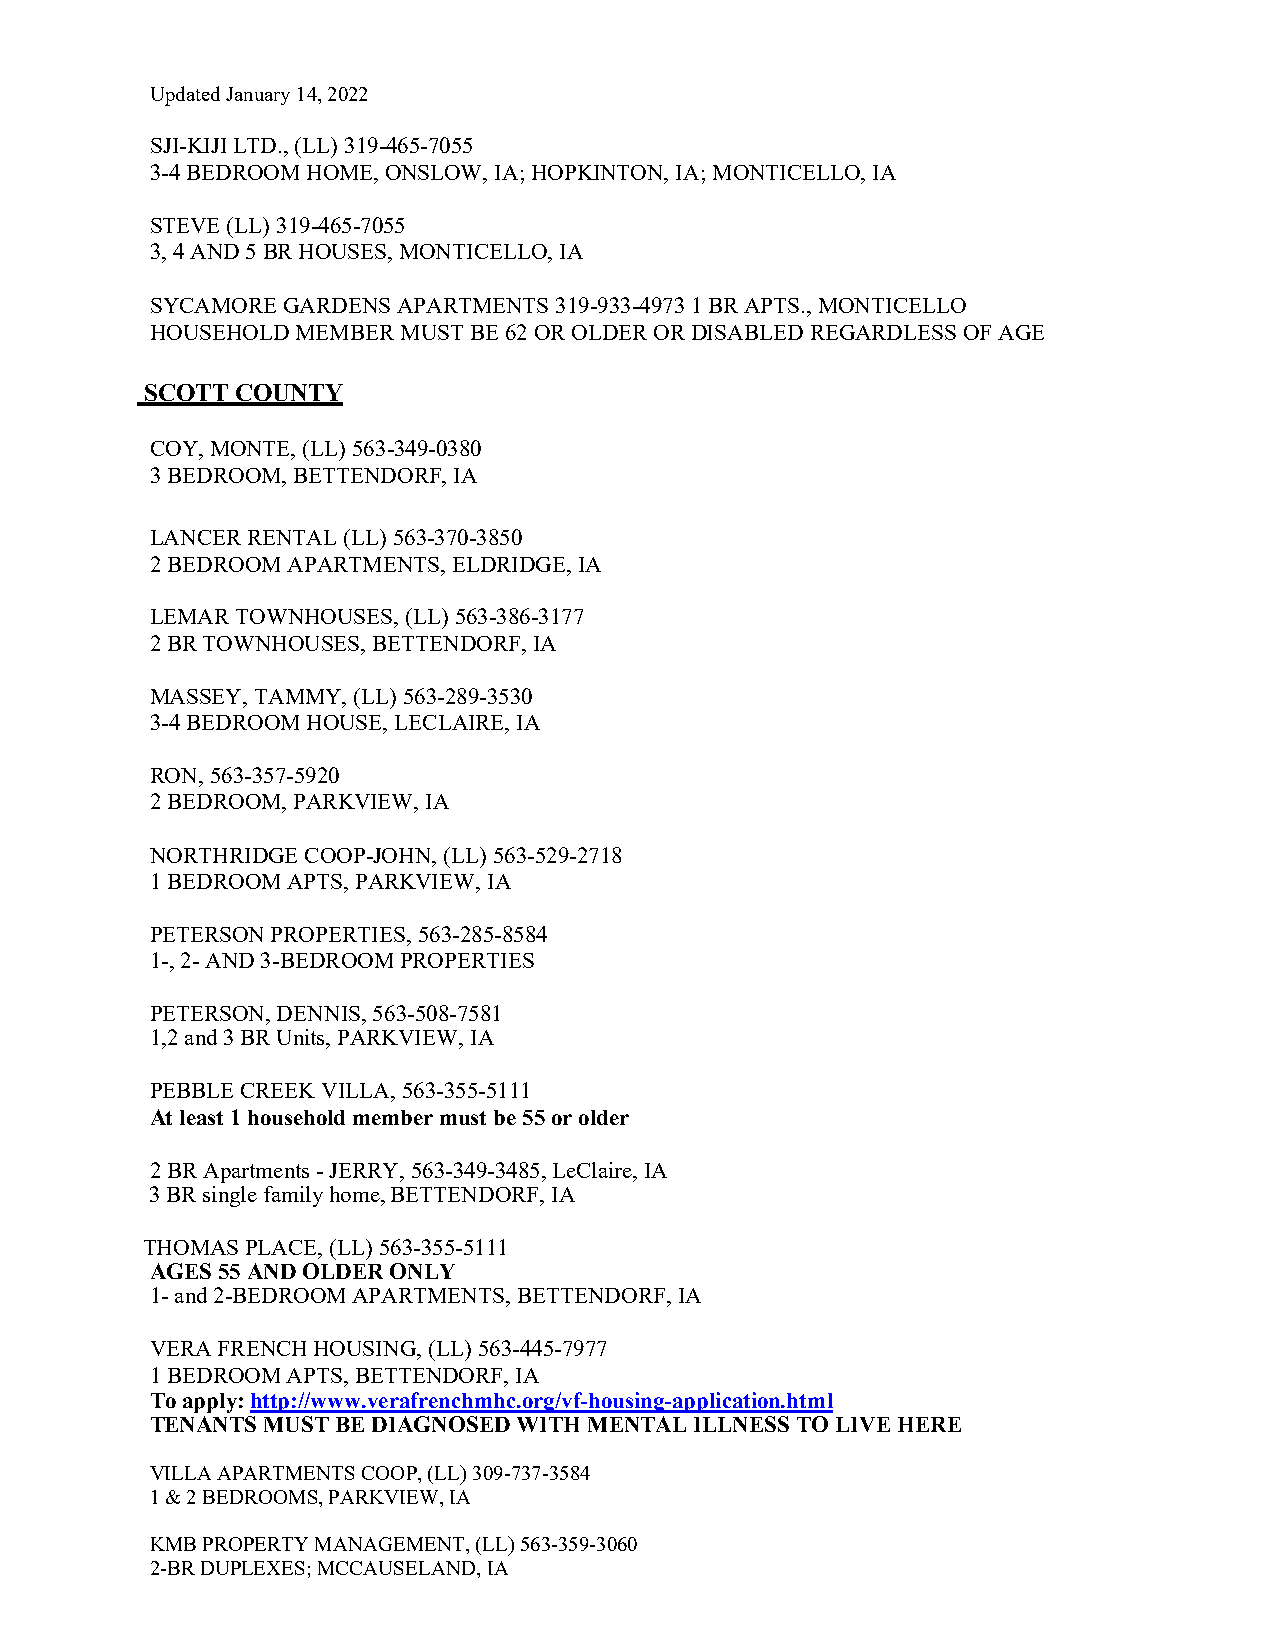
Updated January 14, 2022
 SJI-KIJI LTD., (LL) 319-465-7055
 3-4 BEDROOM HOME, ONSLOW, IA; HOPKINTON, IA; MONTICELLO, IA
 STEVE (LL) 319-465-7055
 3, 4 AND 5 BR HOUSES, MONTICELLO, IA
 SYCAMORE GARDENS APARTMENTS 319-933-4973 1 BR APTS., MONTICELLO
 HOUSEHOLD MEMBER MUST BE 62 OR OLDER OR DISABLED REGARDLESS OF AGE
 SCOTT COUNTY
 COY, MONTE, (LL) 563-349-0380
 3 BEDROOM, BETTENDORF, IA
 LANCER RENTAL (LL) 563-370-3850
 2 BEDROOM APARTMENTS, ELDRIDGE, IA
 LEMAR TOWNHOUSES, (LL) 563-386-3177
 2 BR TOWNHOUSES, BETTENDORF, IA
 MASSEY, TAMMY, (LL) 563-289-3530
 3-4 BEDROOM HOUSE, LECLAIRE, IA
 RON, 563-357-5920
 2 BEDROOM, PARKVIEW, IA
 NORTHRIDGE COOP-JOHN, (LL) 563-529-2718
 1 BEDROOM APTS, PARKVIEW, IA
 PETERSON PROPERTIES, 563-285-8584
 1-, 2- AND 3-BEDROOM PROPERTIES
 PETERSON, DENNIS, 563-508-7581
 1,2 and 3 BR Units, PARKVIEW, IA
 PEBBLE CREEK VILLA, 563-355-5111
 At least 1 household member must be 55 or older
 2 BR Apartments - JERRY, 563-349-3485, LeClaire, IA
 3 BR single family home, BETTENDORF, IA
 THOMAS PLACE, (LL) 563-355-5111
 AGES 55 AND OLDER ONLY
 1- and 2-BEDROOM APARTMENTS, BETTENDORF, IA
 VERA FRENCH HOUSING, (LL) 563-445-7977
 1 BEDROOM APTS, BETTENDORF, IA
 To apply: http://www.verafrenchmhc.org/vf-housing-application.html
 TENANTS MUST BE DIAGNOSED WITH MENTAL ILLNESS TO LIVE HERE
 VILLA APARTMENTS COOP, (LL) 309-737-3584
 1 & 2 BEDROOMS, PARKVIEW, IA
 KMB PROPERTY MANAGEMENT, (LL) 563-359-3060
 2-BR DUPLEXES; MCCAUSELAND, IA